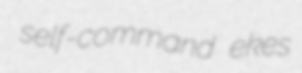
self-command ekes